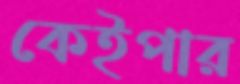
কেইপার